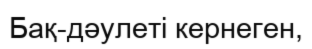
Бақ-дәулеті кернеген,